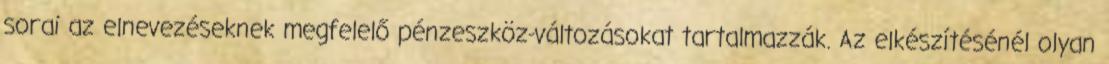
sorai az elnevezéseknek megfelelő pénzeszköz-változásokat tartalmazzák. Az elkészítésénél olyan